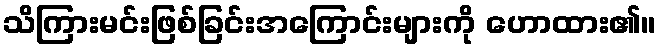
သိကြားမင်းဖြစ်ခြင်းအကြောင်းများကို ဟောထား၏။